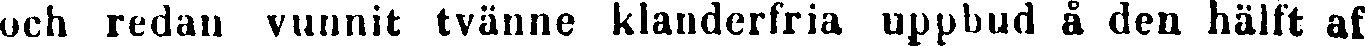
och redan vunnit tvänne klanderfria uppbud å den hälft af